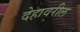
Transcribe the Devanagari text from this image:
देहावरील